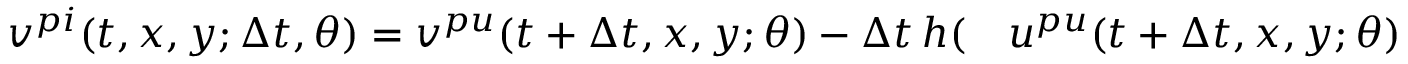
\begin{array} { r l } { v ^ { p i } ( t , x , y ; \Delta t , \theta ) = v ^ { p u } ( t + \Delta t , x , y ; \theta ) - \Delta t \, h ( } & { { } u ^ { p u } ( t + \Delta t , x , y ; \theta ) } \end{array}